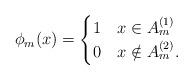
\begin{align*}\phi_m(x) = \begin{cases} 1 & x\in A_m^{(1)} \\ 0 & x\notin A_m^{(2)}.\end{cases}\end{align*}